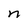
Character: n